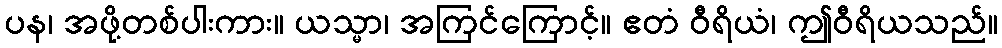
ပန၊ အဖို့တစ်ပါးကား။ ယသ္မာ၊ အကြင်ကြောင့်။ ဧတံ ဝီရိယံ၊ ဤဝီရိယသည်။